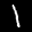
Label: 1